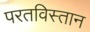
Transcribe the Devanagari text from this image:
परतविस्तान